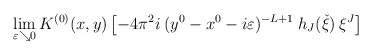
\begin{align*}\lim_{\varepsilon \searrow 0} K^{(0)}(x,y) \left[ - 4 \pi^2 i \:(y^0 - x^0 - i \varepsilon)^{-L+1} \:h_J(\check{\xi})\:\xi^J \right] \end{align*}